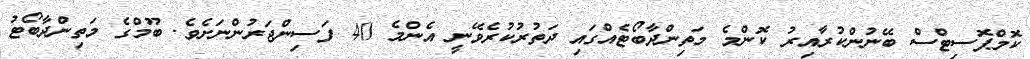
ކޮމްޕޮސިޓްސް ބޭނުންކުރާއިރު ކޮންމެ މަތިންދާބޯޓެއްގައި ދަތުރުކުރެވޭނީ އެންމެ 40 ފަސިންޖަރުންނަށެވެ. ބޫމްގެ މަތިންދާބޯޓު